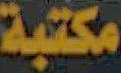
مكتبة